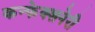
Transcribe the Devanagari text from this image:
कन्फेक्शनेरी